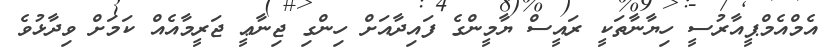
އެމްއެމްޕީއާރުސީ ހިޔާނާތަކީ ރައީސް ޔާމީންގެ ފައިދާއަށް ހިންގި ޖިނާޢީ ޖަރީމާއެއް ކަމަށް ވިދާޅުވެ